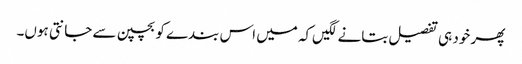
پھر خود ہی تفصیل بتانے لگیں‌کہ میں اس بندے کو بچپن سے جانتی ہوں۔